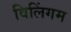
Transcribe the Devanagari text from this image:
विलिंगम